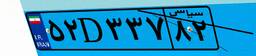
۵۲D۳۳۷۸۲